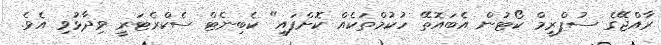
ރާއްޖޭގެ ސުޕްރީމް ކޯޓުން އެބައޮތޭ ހުކުމްތަކެއް ކޮށްފައި" ކެބިނެޓް ސެކްރެޓަރީ ވިދާޅުވި އެވެ.